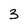
Character: 3